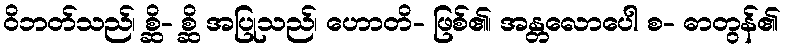
ဝိဘတ်သည်၊ စ္ဆိ- စ္ဆိ အပြုသည်၊ ဟောတိ- ဖြစ်၏၊ အန္တလောပေါ စ- ဓာတွန်၏